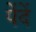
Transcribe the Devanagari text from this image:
पेंदें